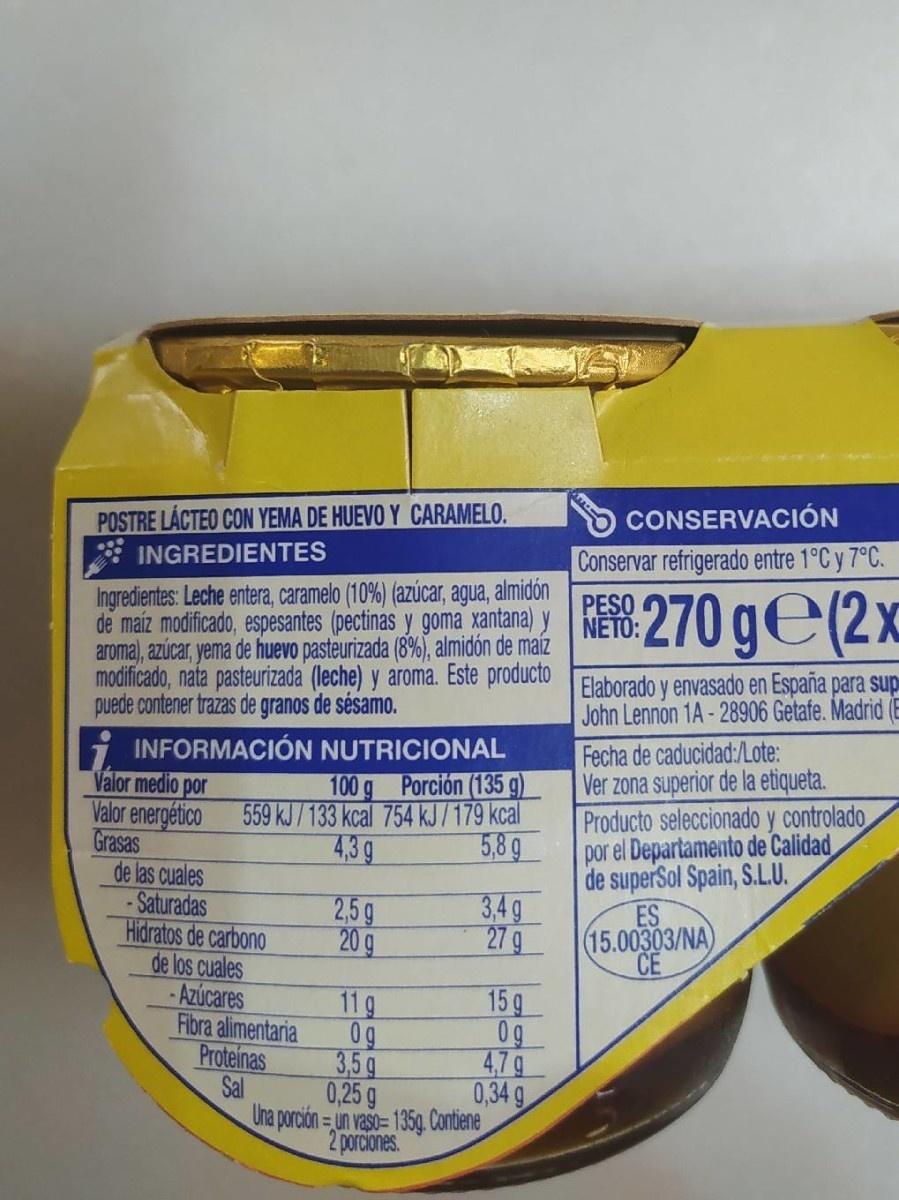
CONSERVACIÓN
POSTRE LACTEO CON YEMA DE HUEVO Y CARAMELO.
INGREDIENTES
Conservar refrigerado entre 1°C y 7°C.
Ingredientes: Leche entera, caramelo (10%) (azúcar, agua, almidón de maíz modificado, espesantes (pectinas y goma xantana) y NETO: aroma), azúcar, yema de huevo pasteurizada (8%), almidón de maíz modificado, nata pasteurizada (leche) y aroma. Este producto Elaborado y envasado en España para sup puede contener trazas de granos de sésamo.
270 ge(2x
PESO
John Lennon 1A - 28906 Getafe. Madrid (E
Fecha de caducidad:/Lote: Ver zona superior de la etiqueta. Producto seleccionado y controlado por el Departamento de Calidad de superSol Spain, S.L.U. ES (15.00303/NA CE
i INFORMACIÓN NUTRICIONAL
Valor medio por
100g Porción (135 g)
Valor energético 559 kJ/133 kcal 754 kJ/179 kcal 4,3g
5,8 9
Grasas de las cuales - Saturadas Hidratos de carbono de los cuales -Azúcares
2,5g 20 g
3,4g 27g
15g
Fibra alimentaria Proteinas Sal
11 g 0g 3,5g 0,25 g Una porción= un vaso= 135g. Contiene 2 porciones.
4,7g 0,34 g
507
96